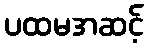
ပထမအဆင့်